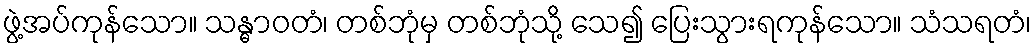
ဖွဲ့အပ်ကုန်သော။ သန္ဓာဝတံ၊ တစ်ဘုံမှ တစ်ဘုံသို့ သေ၍ ပြေးသွားရကုန်သော။ သံသရတံ၊